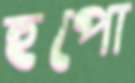
হুপো